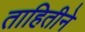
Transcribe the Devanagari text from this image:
ताहितीने